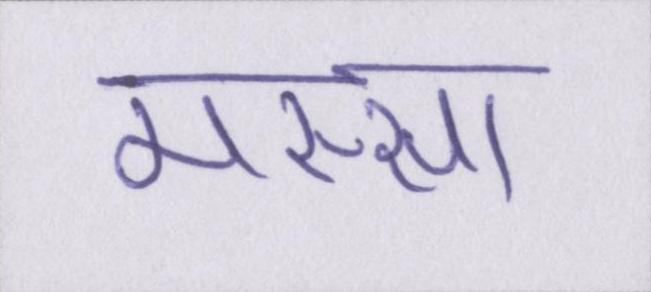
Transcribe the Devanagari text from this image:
मस्सा